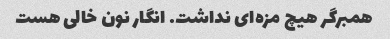
همبرگر هیچ مزه‌ای نداشت. انگار نون خالی هست